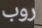
روب